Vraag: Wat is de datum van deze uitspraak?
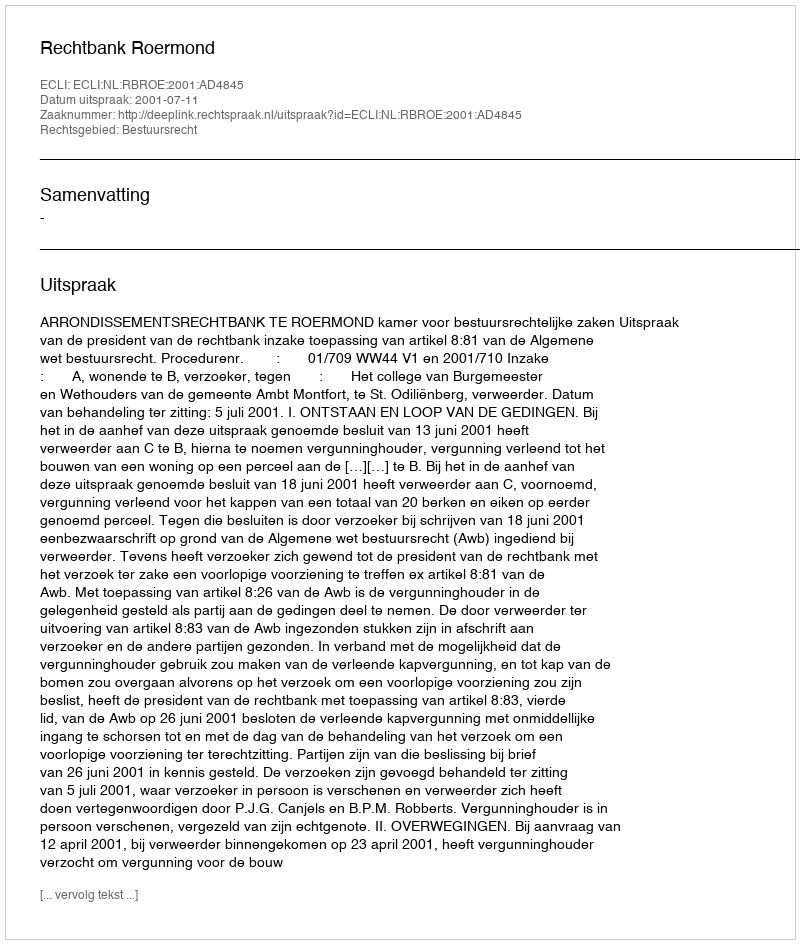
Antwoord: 2001-07-11